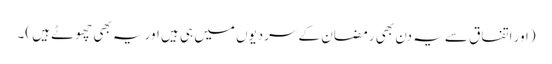
(اور اتفاق سے یہ دن بھی رمضان کے سردیوں میں ہی ہیں اور یہ بھی چھوٹے ہیں )۔